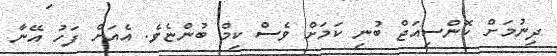
ދިނުމަށް ކޮންސިއަޖް ބުނި ކަމަށް ވެސް ކިމް ބުންޏެވެ. އެއަށް ފަހު އޭނާ